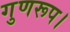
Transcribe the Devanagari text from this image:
गुणरूप।